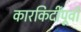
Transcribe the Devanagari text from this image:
कारकिर्दींपूर्वी